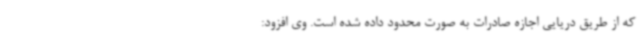
که از طریق دریایی اجازه صادرات به صورت محدود داده شده است. وی افزود: